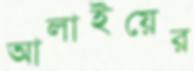
আলাইয়ের